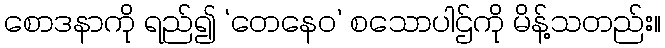
စောဒနာကို ရည်၍ ‘တေနေဝ’ စသောပါဌ်ကို မိန့်သတည်း။